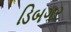
ડિબગર